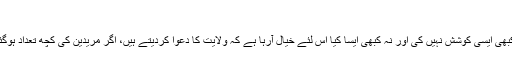
21 جون، 2010 10:24:00 PM
آپ کا واقعہ بہت دلچسپ ہے البتہ کیوں ہم نے کبھی ایسی کوشش نہیں کی اور نہ کبھی ایسا کیا اس لئے خیال آرہا ہے کہ ولایت کا دعوا کردیتے ہیں، اگر مریدین کی کچھ تعداد ہوگئی تو آمدنی کا ایک اچھا زریعہ شروع ہوجائیگا۔